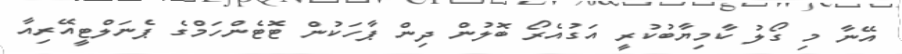
އޭނާ މި ގޯލު ކާމިޔާބުކުރީ އަގުއެރޯ ބޮލުން ދިން ޕާހަކުން ޓޮޓެންހަމްގެ ޕެނަލްޓީއޭރިއާ